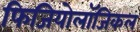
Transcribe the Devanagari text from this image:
फिजियोलॉजिकल